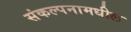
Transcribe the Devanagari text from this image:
संकल्पनामधील